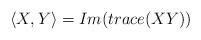
LaTeX: \begin{align*} \langle X,Y\rangle=Im(trace(XY))\end{align*}